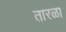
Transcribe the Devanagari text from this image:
तारळा